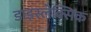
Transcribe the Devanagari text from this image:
डाइस्लेक्सिक